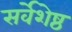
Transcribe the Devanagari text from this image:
सर्वेशेष्ठ